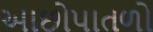
આછોપાતળો